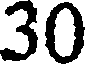
30